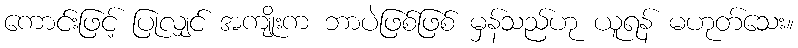
ကောင်းဖြင့် ပြုလျှင် အကျိုးက ဘာပဲဖြစ်ဖြစ် မှန်သည်ဟု ယူရန် မဟုတ်သေး။